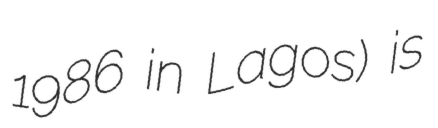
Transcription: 1986 in Lagos) is